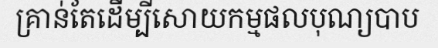
គ្រាន់តែដើម្បីសោយកម្មផលបុណ្យបាប